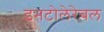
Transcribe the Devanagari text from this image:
इनटोलेरेबल